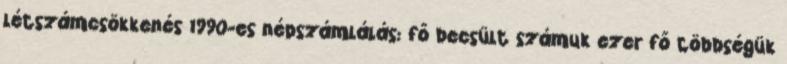
létszámcsökkenés 1990-es népszámlálás: fő becsült számuk ezer fő többségük